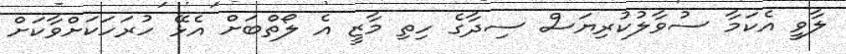
ލާވީ އެކަމާ ސުވާލުކުރިޔަސް ސިދާގެ ހިތި މާޒީ އެ ލޯތްބަށް އެޅޭ ހުރަހަކަށްވާކަށް